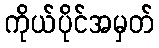
ကိုယ်ပိုင်အမှတ်